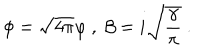
LaTeX: \phi = \sqrt { 4 \pi } \varphi \ , \ \beta = i \sqrt { \frac { \gamma } { \pi } } \ .